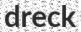
dreck